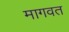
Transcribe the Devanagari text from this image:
मागवत